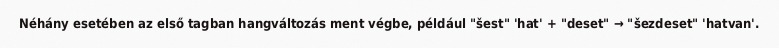
Néhány esetében az első tagban hangváltozás ment végbe, például "šest" 'hat' + "deset" → "šezdeset" 'hatvan'.